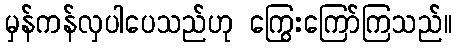
မှန်ကန်လှပါပေသည်ဟု ကြွေးကြော်ကြသည်။